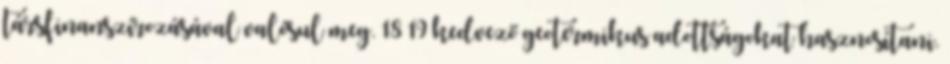
társfinanszírozásával valósul meg. 18 19 kedvező geotermikus adottságokat hasznosítani.